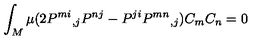
\int _ { M } \mu ( 2 P ^ { m i } { } _ { , j } P ^ { n j } - P ^ { j i } P ^ { m n } { } _ { , j } ) C _ { m } C _ { n } = 0